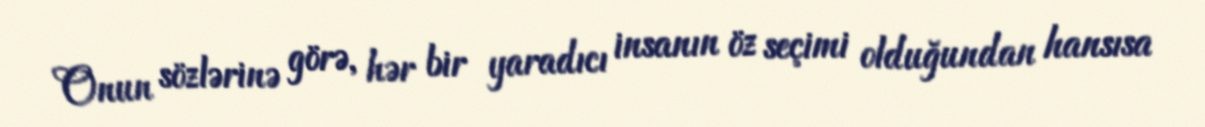
Onun sözlərinə görə, hər bir yaradıcı insanın öz seçimi olduğundan hansısa